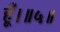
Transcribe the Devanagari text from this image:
हूँ।॥५॥